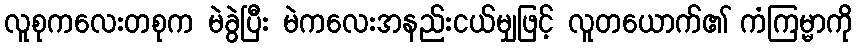
လူစုကလေးတစုက မဲခွဲပြီး မဲကလေးအနည်းငယ်မျှဖြင့် လူတယောက်၏ ကံကြမ္မာကို